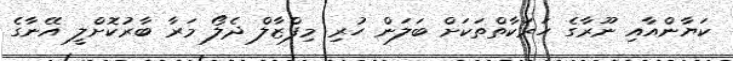
ކަޔާންއާއި ނޫރާގެ ހަރަކާތްތަކަށް ބަލަން ހުރި މިފްޒާލް ދެލޯ މަރާ ބާރުކޮށްލީ އޭނާގެ